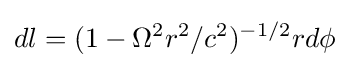
dl=(1-\Omega ^{2}r^{2}/c^{2})^{-1/2}rd\phi